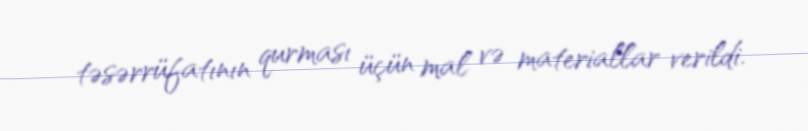
təsərrüfatının qurması üçün mal və materiallar verildi.